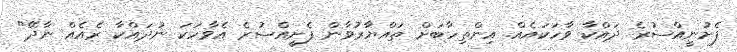
ފެށުނީއްސުރެ ދައްކާ ވާހަކައެއް. އިންތިހާބަށް ތައްޔާރުވާން ފެށީއްސުރެ އެވާހަކަ ނުދައްކާ ރެއެއް ނާދޭ"